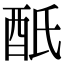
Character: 𨟾